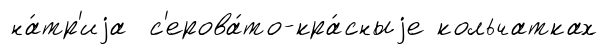
на́тр'иjа с'ерова́то-кра́сныjе кольчатках